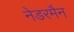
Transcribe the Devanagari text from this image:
नेडरमैन